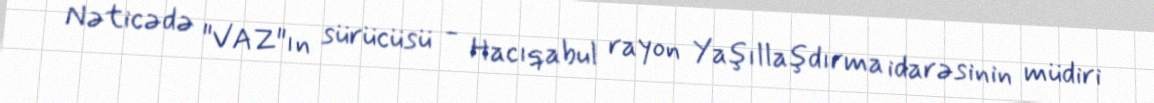
Nəticədə "VAZ"ın sürücüsü - Hacıqabul rayon Yaşıllaşdırma idarəsinin müdiri